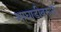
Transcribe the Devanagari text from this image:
आघाडीवरून